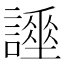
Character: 𧬡